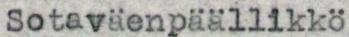
Sotaväenpäällikkö